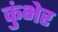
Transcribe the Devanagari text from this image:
कुंभेर